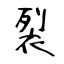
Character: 裂